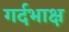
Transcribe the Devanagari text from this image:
गर्दभाक्ष